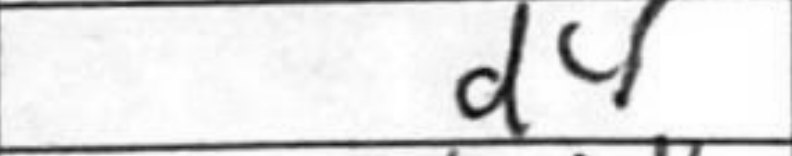
Transcription: d4